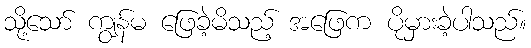
သို့သော် ကျွန်မ ဖြေခဲ့မိသည့် အဖြေက ပိုမှားခဲ့ပါသည်။